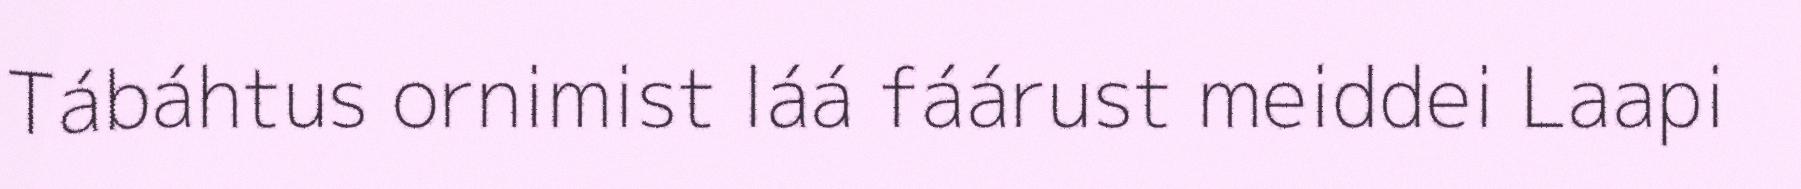
Tábáhtus ornimist láá fáárust meiddei Laapi